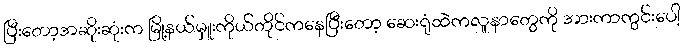
ပြီးတော့အဆိုးဆုံးက မြို့နယ်မှူးကိုယ်တိုင်ကနေပြီးတော့ ဆေးရုံထဲကလူနာတွေကို အားကာကွင်းပေါ့